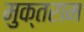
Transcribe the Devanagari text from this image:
मुक्तराम